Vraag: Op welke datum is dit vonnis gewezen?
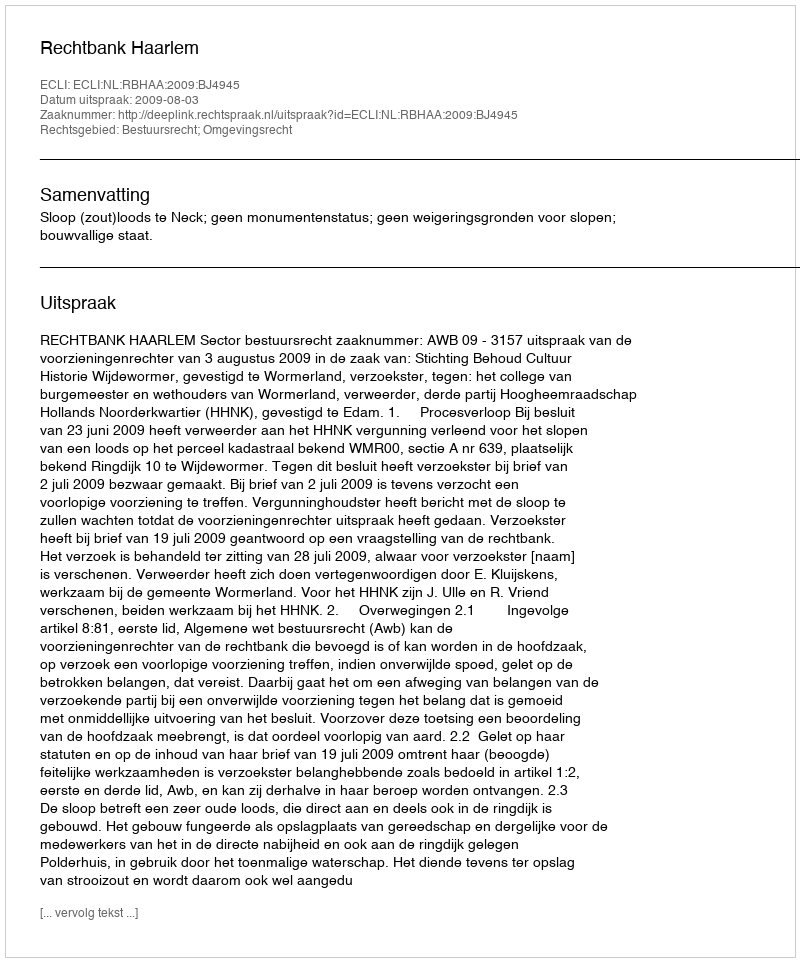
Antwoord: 2009-08-03